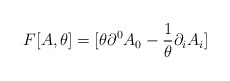
\begin{align*}F[A,\theta ]=[\theta \partial ^{0}A_{0}-\frac{1}{\theta }\partial _{i}A_{i}]\end{align*}